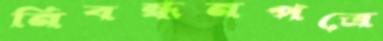
নিবন্ধনপত্রে